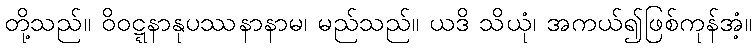
တို့သည်။ ဝိဝဋ္ဋနာနုပဿနာနာမ၊ မည်သည်။ ယဒိ သိယုံ၊ အကယ်၍ဖြစ်ကုန်အံ့။